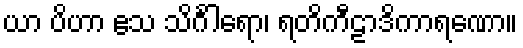
ယာ ပိဟာ ဧသ သိင်္ဂါရော၊ ရတိကီဠာဒိကာရဏော။